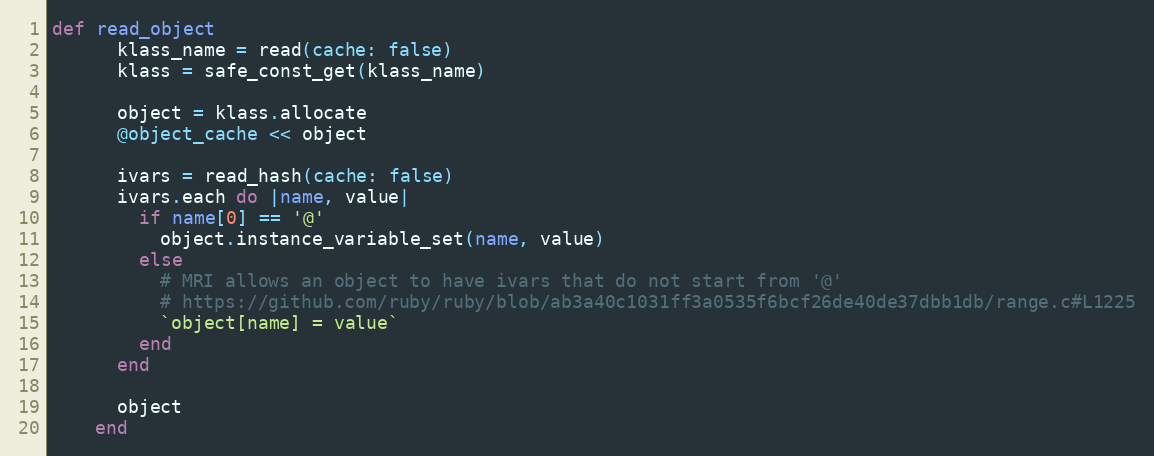
Language: Ruby
def read_object
      klass_name = read(cache: false)
      klass = safe_const_get(klass_name)

      object = klass.allocate
      @object_cache << object

      ivars = read_hash(cache: false)
      ivars.each do |name, value|
        if name[0] == '@'
          object.instance_variable_set(name, value)
        else
          # MRI allows an object to have ivars that do not start from '@'
          # https://github.com/ruby/ruby/blob/ab3a40c1031ff3a0535f6bcf26de40de37dbb1db/range.c#L1225
          `object[name] = value`
        end
      end

      object
    end